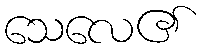
သေလေ၏